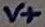
Text: V+